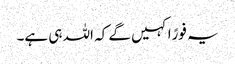
یہ فورًاکہیں گے کہ اللہ ہی ہے۔